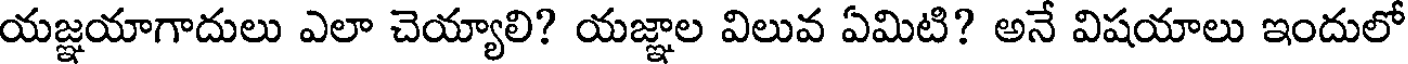
యజ్ఞయాగాదులు ఎలా చెయ్యాలి? యజ్ఞాల విలువ ఏమిటి? అనే విషయాలు ఇందులో